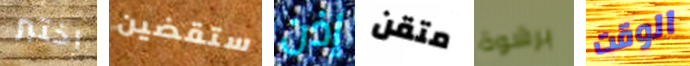
اختبر ستقضين إذن متقن برشوة الوقت